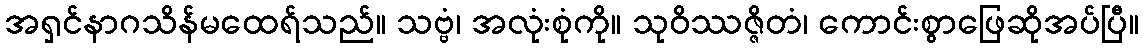
အရှင်နာဂသိန်မထေရ်သည်။ သဗ္ဗံ၊ အလုံးစုံကို။ သုဝိဿဇ္ဇိတံ၊ ကောင်းစွာဖြေဆိုအပ်ပြီ။